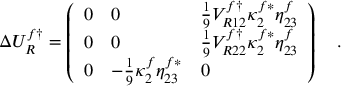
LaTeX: \Delta U _ { R } ^ { f \dagger } = \left( \begin{array} { l l l } { { 0 } } & { { 0 } } & { { { \frac { 1 } { 9 } } V _ { R 1 2 } ^ { f \dagger } \kappa _ { 2 } ^ { f * } \eta _ { 2 3 } ^ { f } } } \\ { { 0 } } & { { 0 } } & { { { \frac { 1 } { 9 } } V _ { R 2 2 } ^ { f \dagger } \kappa _ { 2 } ^ { f * } \eta _ { 2 3 } ^ { f } } } \\ { { 0 } } & { { - { \frac { 1 } { 9 } } \kappa _ { 2 } ^ { f } \eta _ { 2 3 } ^ { f * } } } & { { 0 } } \end{array} \right) ~ ~ ~ .